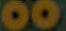
00